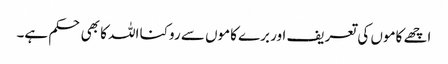
اچھے کاموں کی تعریف اور برے کاموں سے روکنا اللہ کا بھی حکم ہے۔